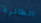
الطائرة